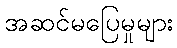
အဆင်မပြေမှုများ